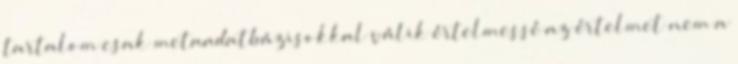
tartalom csak metaadatbázisokkal válik értelmessé az értelmet nem a